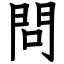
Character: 問